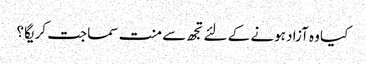
کیا وہ آزاد ہونے کے لئے تجھ سے منت سماجت کریگا ؟